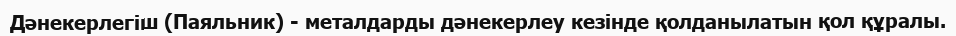
Дәнекерлегіш (Паяльник) - металдарды дәнекерлеу кезінде қолданылатын қол құралы.